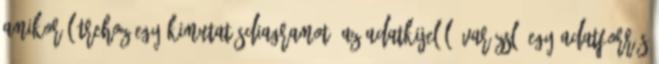
Amikor létrehoz egy kimutatásdiagramot, az Adatkijelölő varázsló egy adatforrás